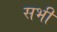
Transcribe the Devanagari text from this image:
सभी